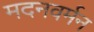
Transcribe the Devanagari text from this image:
मदनवर्मन